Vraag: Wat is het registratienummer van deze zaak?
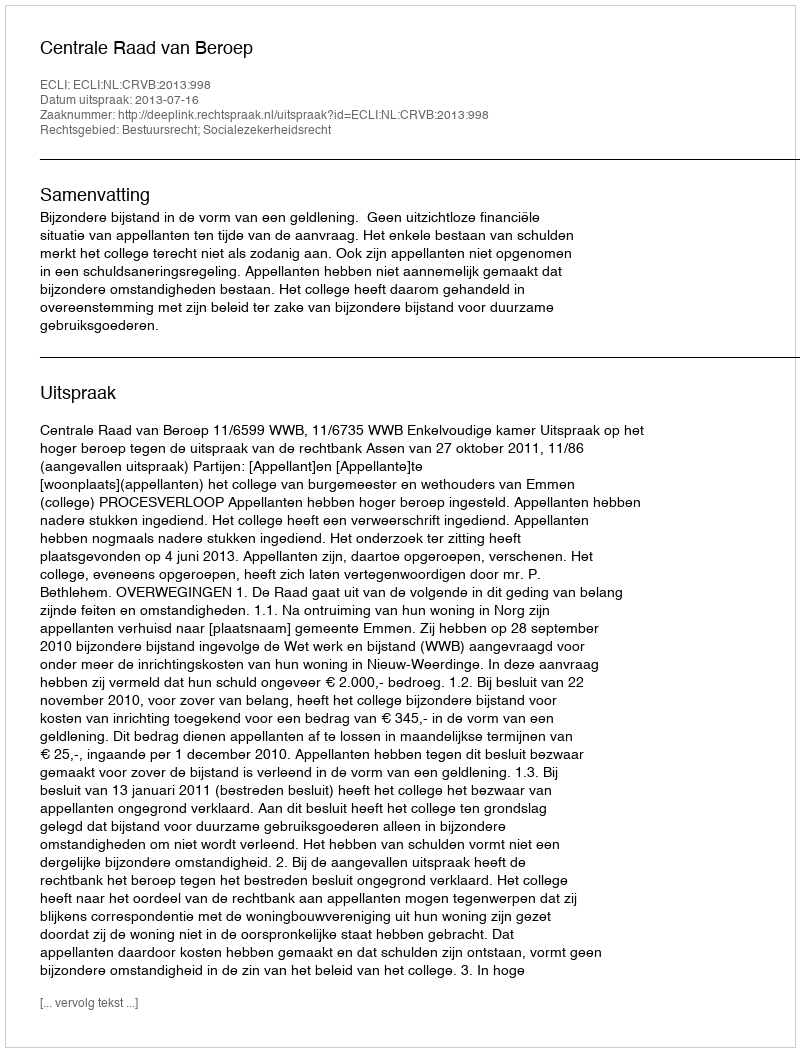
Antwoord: http://deeplink.rechtspraak.nl/uitspraak?id=ECLI:NL:CRVB:2013:998